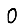
Digit: 0